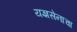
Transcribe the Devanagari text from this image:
यज्ञसेनाचा